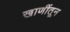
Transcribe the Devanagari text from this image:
खाणींतून